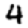
Digit: 4